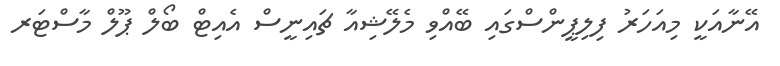
އޭނާއަކީ މިއަހަރު ފިލިޕީންސްގައި ބޭއްވި މެލޭޝިއާ ޗައިނީސް އެއިޓް ބޯލް ޕޫލް މާސްޓަރ